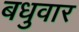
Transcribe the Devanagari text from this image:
बधुवार